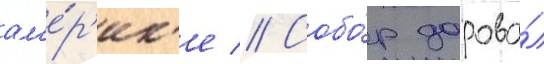
ам'е́р'ик'е // Собо́р дарова́л